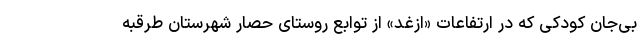
بی‌جان کودکی که در ارتفاعات «ازغد» از توابع روستای حصار شهرستان طرقبه